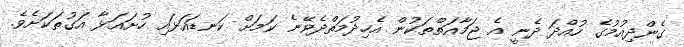
ގެންދިއުމުގެ ހުއްދަ ދެނީ އެ ޖަމާއަތްތަކުން އެހިދުމަތްދެވޭނެ ކަމަށް ކަނޑައަޅައި ހުށައަޅާ އަގުތަކަށެވެ.